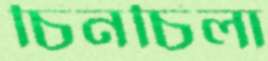
চিনচিলা